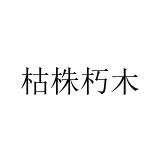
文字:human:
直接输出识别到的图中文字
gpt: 枯株朽木